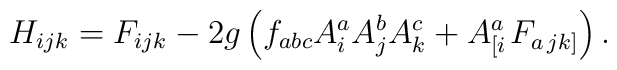
H_{ijk}=F_{ijk}-2g\left( f_{abc}A_{i}^{a}A_{j}^{b}A_{k}^{c}+A_{\left[i\right. }^{a}F_{a\left. jk\right] }\right) .